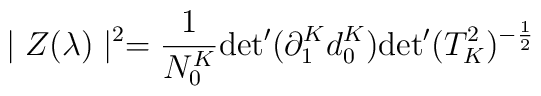
\mid Z(\lambda) \mid^2 = \frac{1}{N_0^K}{\det} '(\partial_1^Kd_0^K){\det} '(T_K^2)^{-\frac{1}{2}}